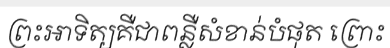
ព្រះអាទិត្យគឺជាពន្លឺសំខាន់បំផុត ព្រោះ